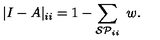
| I - A | _ { i i } = 1 - \sum _ { { \cal S P } _ { i i } } \ w .